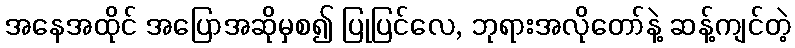
အနေအထိုင် အပြောအဆိုမှစ၍ ပြုပြင်လေ, ဘုရားအလိုတော်နဲ့ ဆန့်ကျင်တဲ့